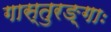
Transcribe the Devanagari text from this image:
गास्तुरङ्गाः